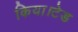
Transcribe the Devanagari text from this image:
किया।टेड